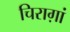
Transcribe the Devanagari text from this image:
चिराग़ां